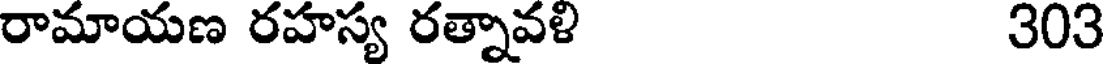
రామాయణ రహస్య రత్నావళి 303